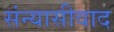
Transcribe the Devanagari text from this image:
संन्यासीवाद